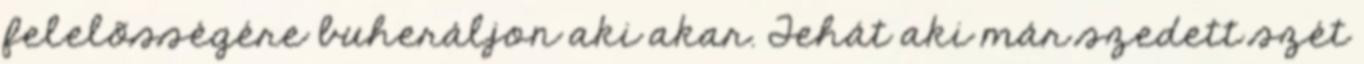
felelõsségére buheráljon aki akar. Tehát aki már szedett szét